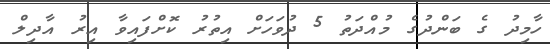
ހާމިދު ގެ ބަންދުގެ މުއްދަތު 5 ދުވަހަށް އިތުރު ކޮށްފައިވާ އިރު އާދިލް